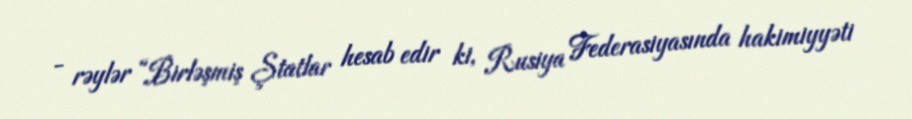
- rəylər “Birləşmiş Ştatlar hesab edir ki, Rusiya Federasiyasında hakimiyyəti